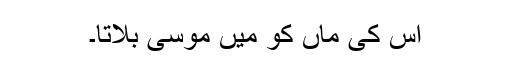
اس کی ماں کو میں موسی بلاتا۔